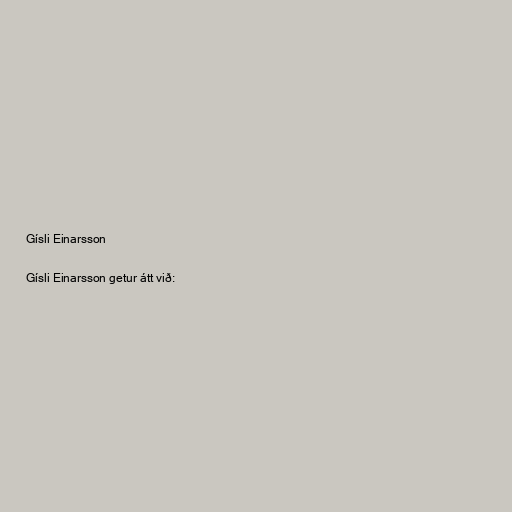
Gísli Einarsson

Gísli Einarsson getur átt við: